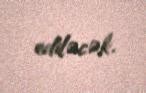
ediləcək.